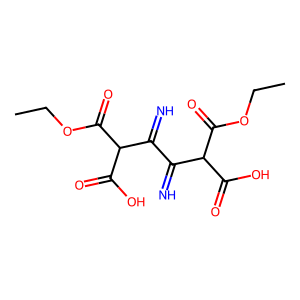
SMILES: CCOC(=O)C(C(=N)C(=N)C(C(=O)O)C(=O)OCC)C(=O)O
Inhibits HIV replication: No